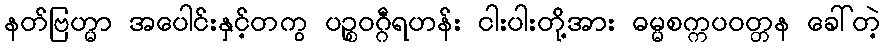
နတ်ဗြဟ္မာ အပေါင်းနှင့်တကွ ပဉ္စဝဂ္ဂီရဟန်း ငါးပါးတို့အား ဓမ္မစက္ကပဝတ္တန ခေါ်တဲ့